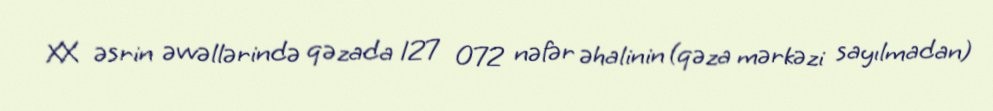
XX əsrin əvvəllərində qəzada 127 072 nəfər əhalinin (qəza mərkəzi sayılmadan)